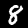
Label: 8